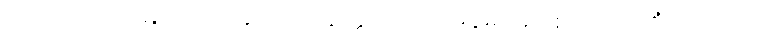
ဝိပဿတော၊ မြင်သောသူအား။ ဣတ္ထိဘာဝေါ၊ မိန်းမအဖြစ်သည်။ ကိံ ကယိရာ၊